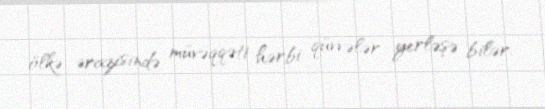
ölkə ərazisində müvəqqəti hərbi qüvvələr yerləşə bilər.